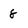
Character: 8